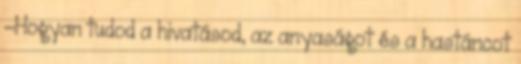
-Hogyan tudod a hivatásod, az anyaságot és a hastáncot